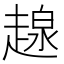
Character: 𧼷